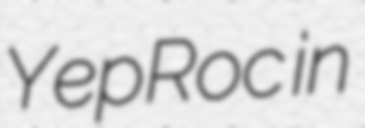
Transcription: YepRoc in